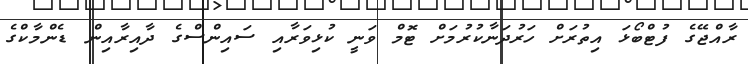
ރާއްޖޭގެ ފުޓްބޯޅަ އިތުރަށް ހަރުދަނާކުރުމަށް ޓޮމް ވަނީ ކުޅިވަރާއި ސައިންސްގެ ދާއިރާއިން ޑެންމާކްގެ